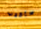
سأكذب